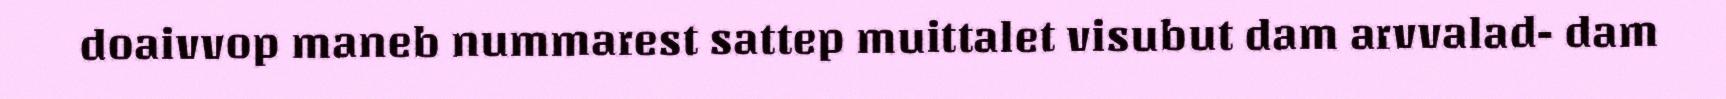
doaivvop maneb nummarest sattep muittalet visubut dam arvvalad- dam